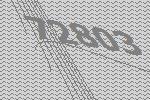
72803